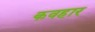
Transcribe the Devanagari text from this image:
कवहार